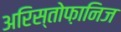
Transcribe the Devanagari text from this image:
अरिस्तोफ़ानिज